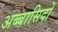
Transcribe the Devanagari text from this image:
अब्बासिदों